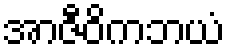
အာဇီဝိကဘယံ